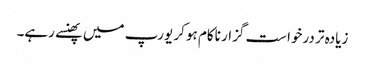
زیادہ تر درخواست گزار ناکام ہو کر یورپ میں پھنسے رہے۔